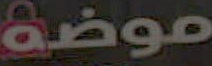
موضة